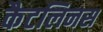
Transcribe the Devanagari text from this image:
कैटलिनस